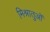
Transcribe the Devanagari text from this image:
मिश्रातुओं